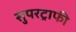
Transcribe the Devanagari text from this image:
सुपरट्राफी